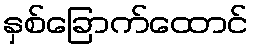
နှစ်ခြောက်ထောင်